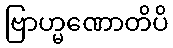
ဗြာဟ္မဏောတိပိ